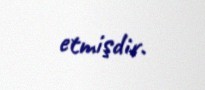
etmişdir.